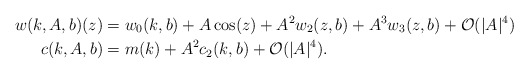
\begin{align*}w(k,A,b)(z)&=w_0(k,b)+A\cos(z)+A^2w_2(z,b)+A^3w_3(z,b)+\mathcal{O}(|A|^4)\\c(k,A,b)&=m(k)+A^2c_2(k,b)+\mathcal{O}(|A|^4).\end{align*}